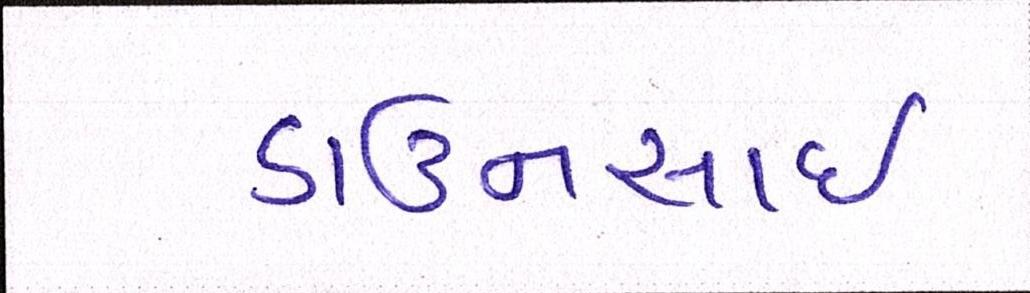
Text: ડાઉનસાઇ